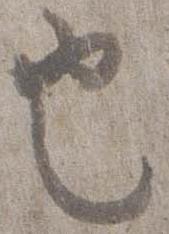
也